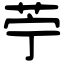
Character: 苧